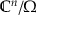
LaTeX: \mathbb { C } ^ { n } / \Omega